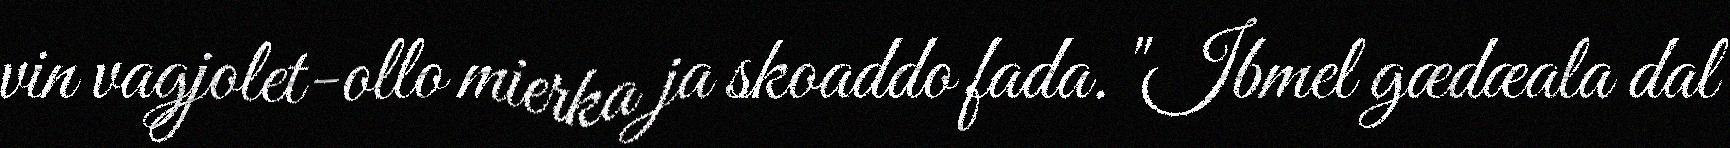
vin vagjolet-ollo mierka ja skoaddo fada. "Ibmel gædæala dal